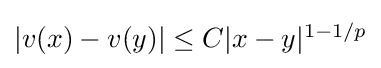
{\textstyle |v(x)-v(y)|\leq C|x-y|^{1-1/p}}